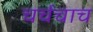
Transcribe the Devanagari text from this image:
चर्चचाच